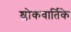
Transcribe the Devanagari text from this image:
श्लोकवार्तिके